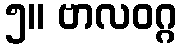
၅။ ဗာလဝဂ္ဂ